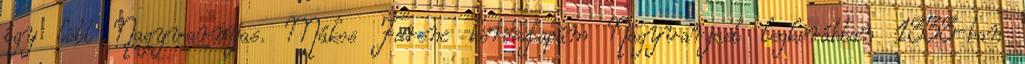
így lött Nagyvarnyas. Mákos Ferenc körösztapám Nagyvarjast legkorábban 1333-ban